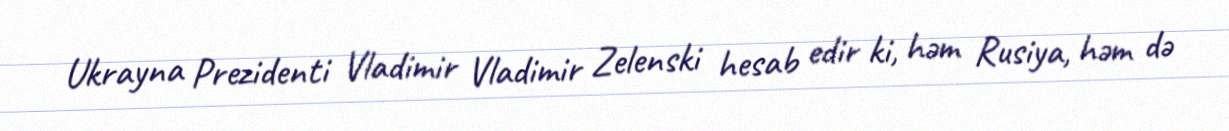
Ukrayna Prezidenti Vladimir Vladimir Zelenski hesab edir ki, həm Rusiya, həm də